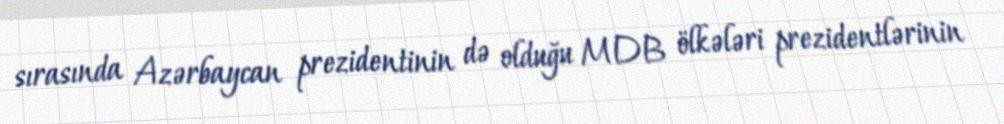
sırasında Azərbaycan prezidentinin də olduğu MDB ölkələri prezidentlərinin